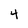
Character: 4